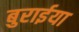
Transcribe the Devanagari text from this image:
बुरार्इया